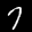
Label: 7